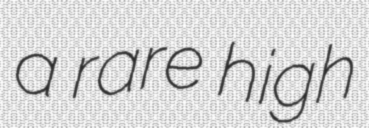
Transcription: a rare high